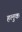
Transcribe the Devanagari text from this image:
हलुक